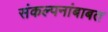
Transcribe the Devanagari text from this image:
संकल्पनांबाबत